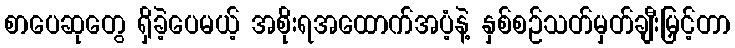
စာပေဆုတွေ ရှိခဲ့ပေမယ့် အစိုးရအထောက်အပံ့နဲ့ နှစ်စဉ်သတ်မှတ်ချီးမြှင့်တာ